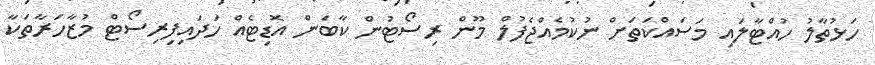
ހަޅުތާލު ހުއްޓާލައި މަސައްކަތަށް ނުކުމެއްޖެފުލް މޫން ރިސޯޓުން ކާބަން އޮޑިޓެއް ހަދައިފިރިސޯޓް މުޒާހަރާތަކާ